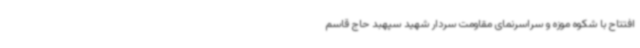
افتتاح با شکوه موزه و سراسرنمای مقاومت سردار شهید سپهبد حاج قاسم